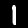
Digit: 1